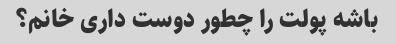
باشه پولت را چطور دوست داری خانم؟